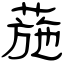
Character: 葹